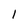
Character: I